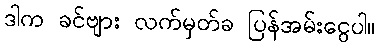
ဒါက ခင်ဗျား လက်မှတ်ခ ပြန်အမ်းငွေပါ။